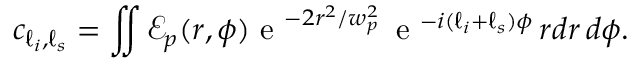
c _ { \ell _ { i } , \ell _ { s } } = \iint \mathcal { E } _ { p } ( r , \phi ) \mathrm { ~ e ~ } ^ { - 2 r ^ { 2 } / w _ { p } ^ { 2 } } \, \mathrm { ~ e ~ } ^ { - i ( \ell _ { i } + \ell _ { s } ) \phi } \, r d r \, d \phi .